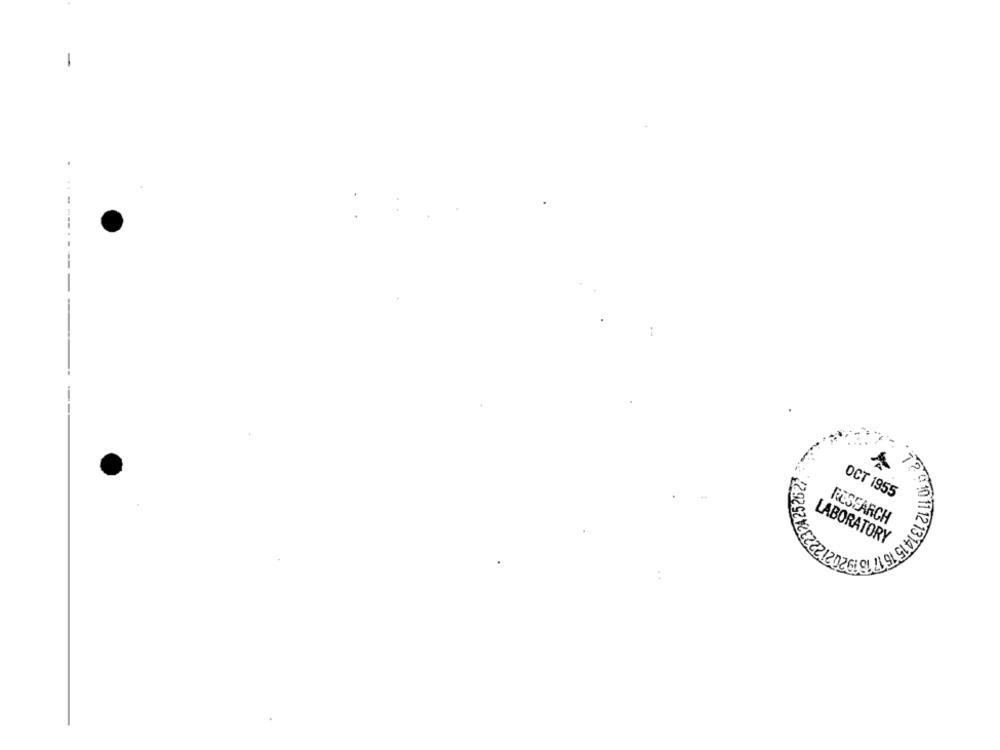
-
.
---
--
OCT 1955
RESEARCH
LABORATORY
$15